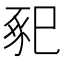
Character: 𢁁